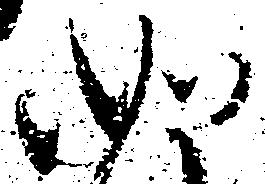
如